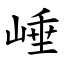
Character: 崜